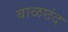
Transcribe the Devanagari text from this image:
बाळछंद